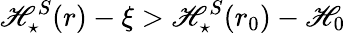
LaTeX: \mathscr{H}_{\star}^{S}(r)-\xi>\mathscr{H}_{\star}^{S}(r_{0})-\mathscr{H}_{0}